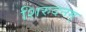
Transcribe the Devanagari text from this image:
शिरुदनम्